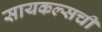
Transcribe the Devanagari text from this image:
सायकल्सची